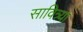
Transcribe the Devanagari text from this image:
सावित्र्या